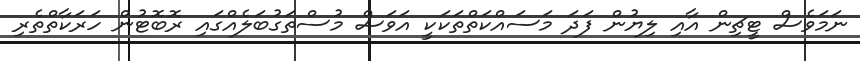
ނަމަވެސް ޓީޗިިން އާއި ލިޔުން ފަދަ މަސައްކަތްތަކަކީ އަވަސް މުސްތަގުބަލެއްގައި ރޮބޮޓުން ހަރަކާތްތެރި